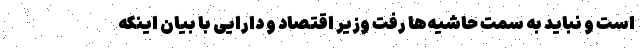
است و نباید به سمت حاشیه‌ها رفت وزیر اقتصاد و دارایی با بیان اینکه